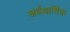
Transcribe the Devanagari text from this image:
अर्धधार्मिक